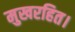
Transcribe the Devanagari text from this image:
मुखरहित।